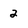
Character: 2